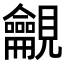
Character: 𧢢